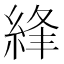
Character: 綘